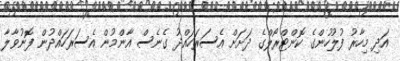
އަދި މިހާރު ފުލުހުންގެ ކޮންޓްރޯލްގެ ދަށަށް އެސަރަހައްދު ގެނެސް އާންމުން އެސަރަހައްދުން ފޮނުވާލާ